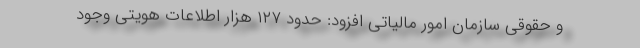
و حقوقی سازمان امور مالیاتی افزود: حدود ۱۲۷ هزار اطلاعات هویتی وجود